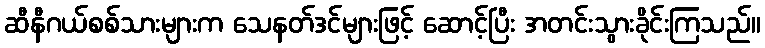
ဆီနီဂယ်စစ်သားများက သေနတ်ဒင်များဖြင့် ဆောင့်ပြီး အတင်းသွားခိုင်းကြသည်။